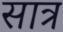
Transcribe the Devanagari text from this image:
सात्र